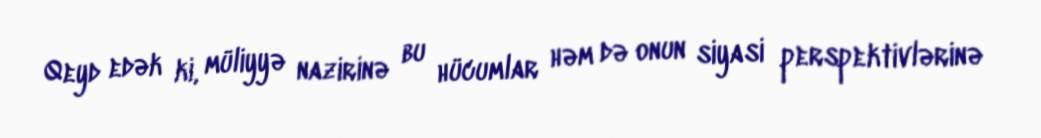
Qeyd edək ki, müliyyə nazirinə bu hücumlar həm də onun siyasi perspektivlərinə